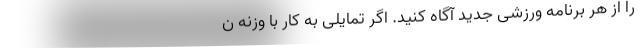
را از هر برنامه ورزشی جدید آگاه کنید. اگر تمایلی به کار با وزنه ن